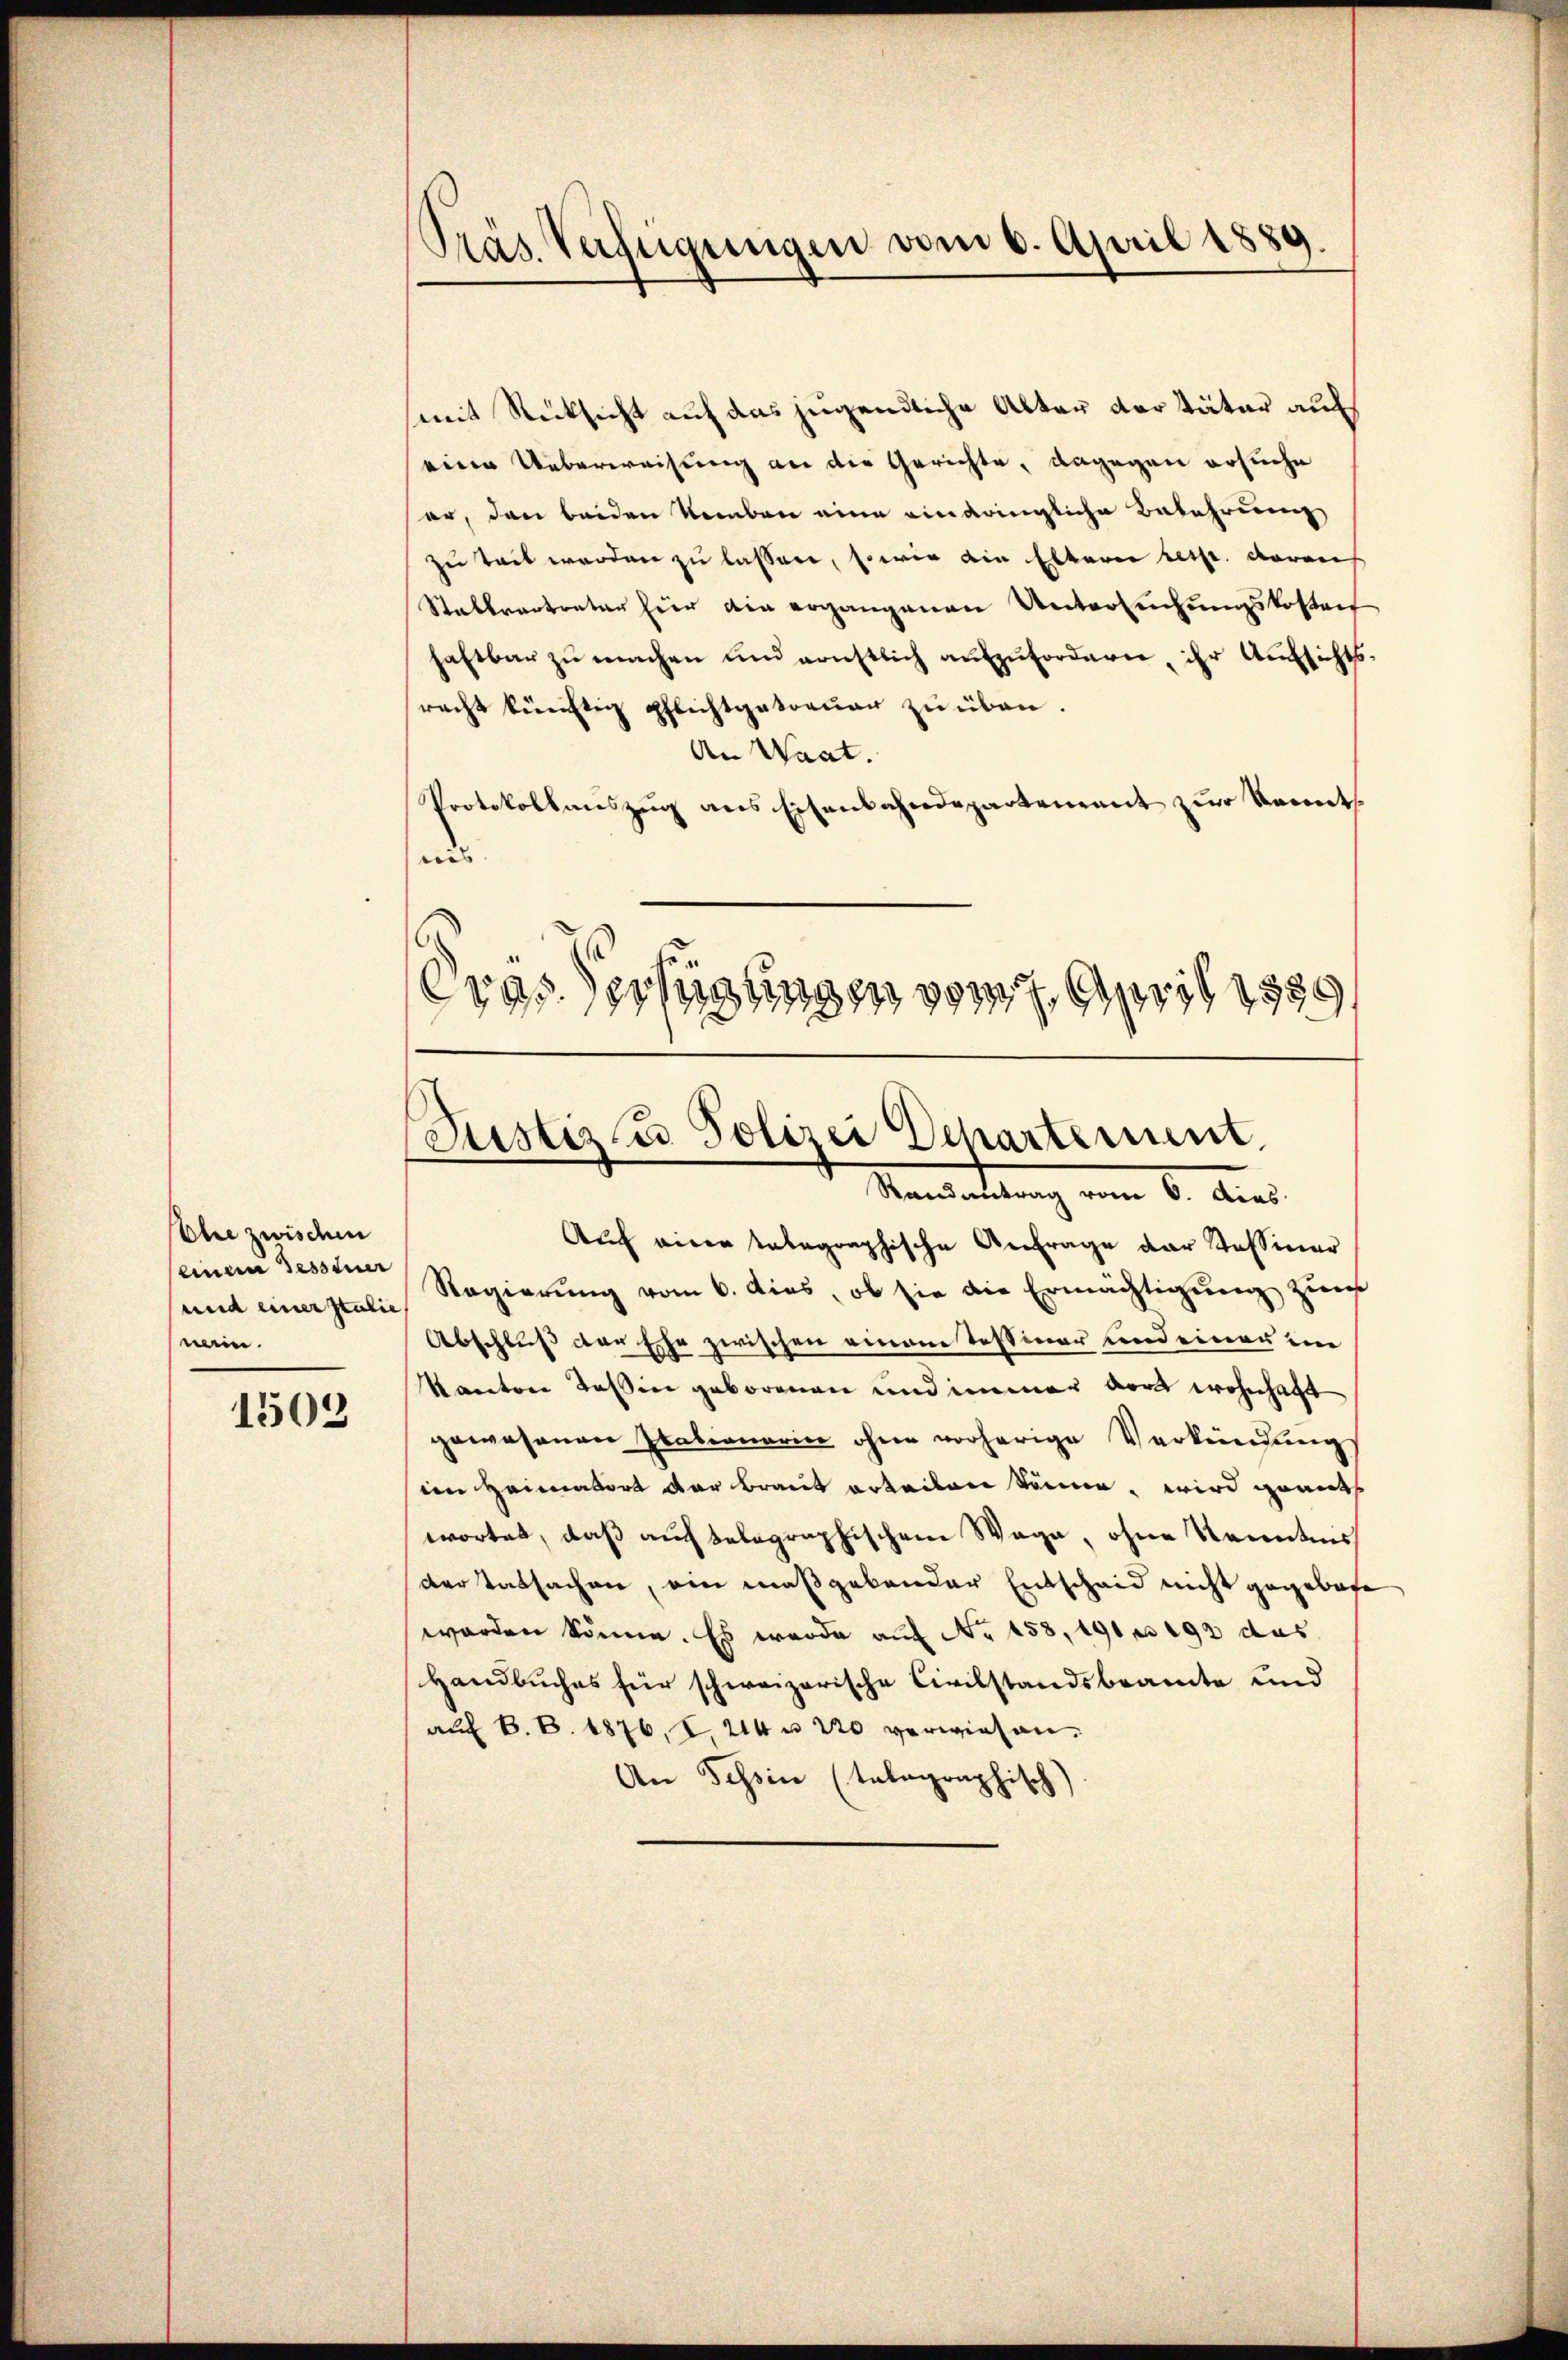
Ehre zwischen
einem Tessiner
nein.

1503

Präs. Verfügungen vom 6. April 1889.

ras Verfügungen vom 7. April 1890,
Justiz & Polizei Departement
Mandattung vom 6. Aus

mit Rücksicht auf das jugendliche Alter der Täter auf
eine Ueberweisung an die Gerichte, dagegen ersuche
ser, den beiden Neben eine eindringliche Bekehrung
zu Zeit werden zu lassen, so wie die Elterei resp. daraus
Stattvertreter hier ain ergangenen Untersuchungskostent
haftbar zu machen und ernstlich aufzufordern, ihr Aufsichts-
racht künftig pflichtgetreuer zu üben.
An Waat.
Protokollauszug aus Eisenbahndepartement zur Kennt
aus
Auch einer telegraphische Anfrage der Tessiner
und einerstelle Regierung vom 6. dies, ob sie die Ermächtigung zum
Abschluß der Ehe zwischen einem Testiner und einer ein
Kanton Tessin geborenen und immer dort wohnhaft
gewesenen Italionarii ohne vorherige Verkennung
in Heimatort der Braut erteilen könne, wird geants
wortet, daß auf telegraphischem Wege, ohne Kenntnis
der Tatsachen, ein maßgebender Entscheid nicht gegebete
worden könne. Es wurde auf No 158, 191 n 192 des
Handbuches für schweizerische Civilstandsbeamte und
auf 8. B. 1876, S. 214 n 220 verwiesen.
An Tessin (talographisch)